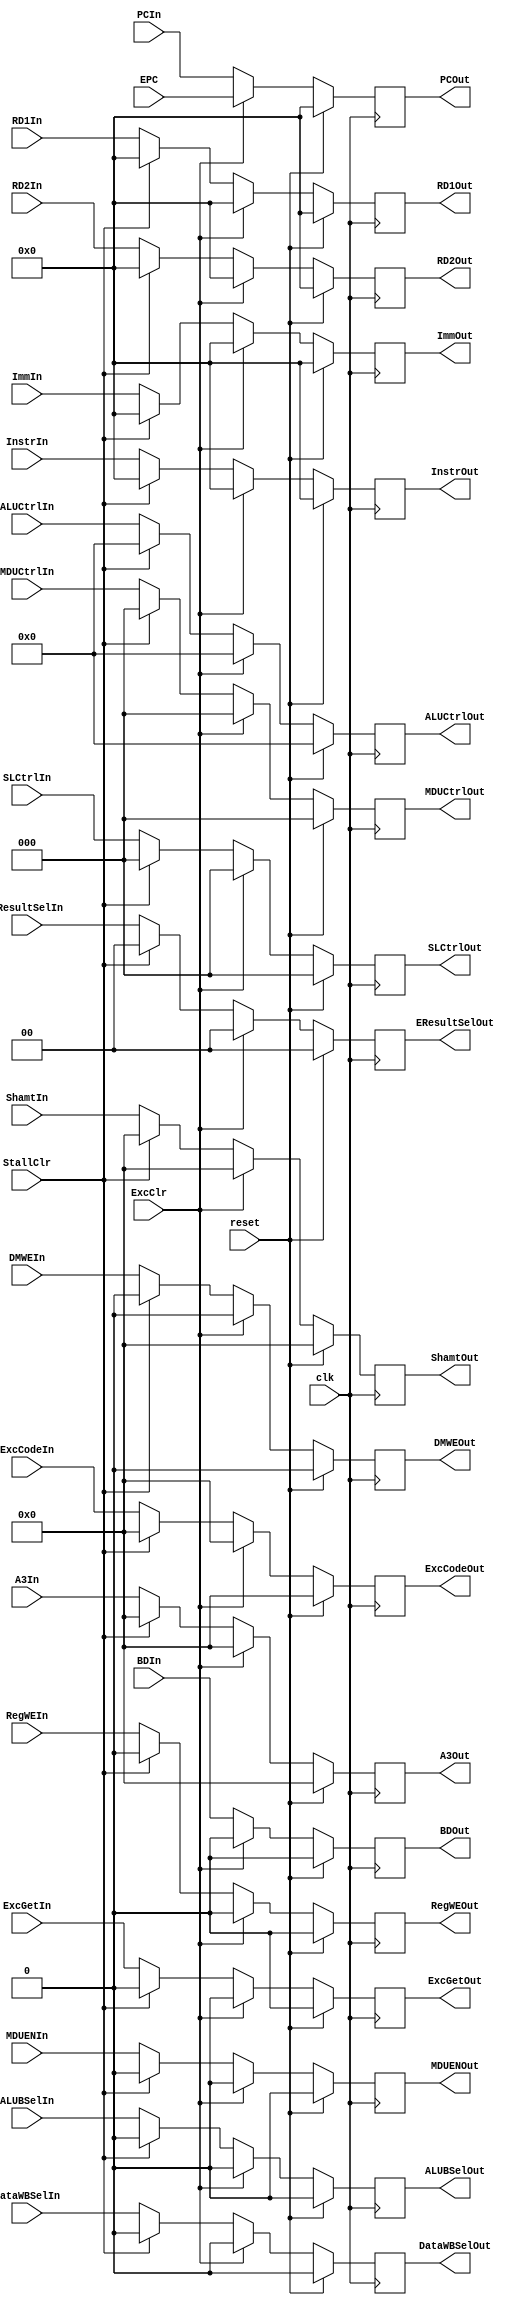
`timescale 1ns / 1ps
//////////////////////////////////////////////////////////////////////////////////
// Company: 
// Engineer: 
// 
// Design Name: 
// Module Name:    DEreg 
// Project Name: 
// Target Devices: 
// Tool versions: 
// Description: 
//
// Dependencies: 
//
// Revision: 
// Revision 0.01 - File Created
// Additional Comments: 
//
//////////////////////////////////////////////////////////////////////////////////
module DEreg(
	input clk,
	input reset,
	input ExcClr,
	input StallClr,
	//Data
	input [31:0] RD1In,
	input [31:0] RD2In,
	input [31:0] ImmIn,
	input [4:0] A3In,
	input [4:0] ShamtIn,
	output [31:0] RD1Out,
	output [31:0] RD2Out,
	output [31:0] ImmOut,
	output [4:0] A3Out,
	output [4:0] ShamtOut,
	//Ctrl
	input ALUBSelIn,
	input [1:0] EResultSelIn,
	input MDUENIn,
	input DMWEIn,
	input DataWBSelIn,
	input RegWEIn,
	input [7:0] ALUCtrlIn,
	input [2:0] SLCtrlIn,
	input [2:0] MDUCtrlIn,
    
	output ALUBSelOut,
	output [1:0] EResultSelOut,
	output MDUENOut,
	output DMWEOut,
	output DataWBSelOut,
	output RegWEOut,
	output [7:0] ALUCtrlOut,
	output [2:0] SLCtrlOut,
	output [2:0] MDUCtrlOut,
	
	//Instr
	input [31:0] InstrIn,
	output [31:0] InstrOut,
	
	//Exc
	input BDIn,
	output BDOut,
	
	input ExcGetIn,
	input [4:0] ExcCodeIn,
	output ExcGetOut,
	output [4:0]ExcCodeOut,
	
	//PC
	input [31:0] PCIn,
	output [31:0] PCOut,
	
	input [31:0] EPC
    );
	
	reg [31:0] RD1=0, RD2=0, Imm=0;
	reg [4:0] A3=0, Shamt=0;
	
	assign RD1Out=RD1;
	assign RD2Out=RD2;
	assign ImmOut=Imm;
	assign A3Out=A3;
	assign ShamtOut=Shamt;
	
	reg ALUBSel=0,MDUEN=0,DMWE=0,DataWBSel=0,RegWE=0;
	reg [1:0] EResultSel;
	reg [7:0] ALUCtrl=0;
	reg [2:0] SLCtrl=0,MDUCtrl=0;
	
	assign ALUBSelOut=ALUBSel;
	assign EResultSelOut=EResultSel;
	assign MDUENOut=MDUEN;
	assign DMWEOut=DMWE;
	assign DataWBSelOut=DataWBSel;
	assign RegWEOut=RegWE;
	assign ALUCtrlOut=ALUCtrl;
	assign SLCtrlOut=SLCtrl;
	assign MDUCtrlOut=MDUCtrl;
	
	reg [31:0] Instr=0;
	assign InstrOut=Instr;
	
	reg BD=0;
	assign BDOut=BD;
	
	reg ExcGet=0;
	reg [4:0] ExcCode=0;
	assign ExcGetOut=ExcGet;
	assign ExcCodeOut=ExcCode;
	
	reg [31:0] PC=0;
	assign PCOut=PC;
	
	always @(posedge clk)
	begin
		if(reset)
		begin
			RD1<=0;
			RD2<=0;
			Imm<=0;
			A3<=0;
			Shamt<=0;
			ALUBSel<=0;
			EResultSel<=0;
			MDUEN<=0;
			DMWE<=0;
			DataWBSel<=0;
			RegWE<=0;
			ALUCtrl<=0;
			SLCtrl<=0;
			MDUCtrl<=0;
			Instr<=0;
			BD<=0;
			ExcGet<=0;
			ExcCode<=0;
			PC<=0;
		end
		else if(ExcClr)
		begin
			RD1<=0;
			RD2<=0;
			Imm<=0;
			A3<=0;
			Shamt<=0;
			ALUBSel<=0;
			EResultSel<=0;
			MDUEN<=0;
			DMWE<=0;
			DataWBSel<=0;
			RegWE<=0;
			ALUCtrl<=0;
			SLCtrl<=0;
			MDUCtrl<=0;
			Instr<=0;
			BD<=0;
			ExcGet<=0;
			ExcCode<=0;
			PC<=EPC;
		end
		else if(StallClr)
		begin
			RD1<=0;
			RD2<=0;
			Imm<=0;
			A3<=0;
			Shamt<=0;
			ALUBSel<=0;
			EResultSel<=0;
			MDUEN<=0;
			DMWE<=0;
			DataWBSel<=0;
			RegWE<=0;
			ALUCtrl<=0;
			SLCtrl<=0;
			MDUCtrl<=0;
			Instr<=0;
			BD<=BDIn;
			ExcGet<=0;
			ExcCode<=0;
			PC<=PCIn;
		end
		else
		begin
			RD1<=RD1In;
			RD2<=RD2In;
			Imm<=ImmIn;
			A3<=A3In;
			Shamt<=ShamtIn;
			ALUBSel<=ALUBSelIn;
			EResultSel<=EResultSelIn;
			MDUEN<=MDUENIn;
			DMWE<=DMWEIn;
			DataWBSel<=DataWBSelIn;
			RegWE<=RegWEIn;
			ALUCtrl<=ALUCtrlIn;
			SLCtrl<=SLCtrlIn;
			MDUCtrl<=MDUCtrlIn;
			Instr<=InstrIn;
			BD<=BDIn;
			ExcGet<=ExcGetIn;
			ExcCode<=ExcCodeIn;
			PC<=PCIn;
		end
	end

endmodule